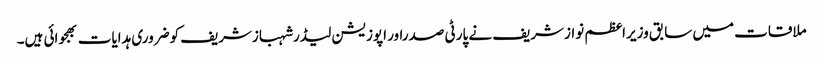
ملاقات میں سابق وزیراعظم نوازشریف نے پارٹی صدراور اپوزیشن لیڈرشہبازشریف کوضروری ہدایات بھجوائی ہیں۔